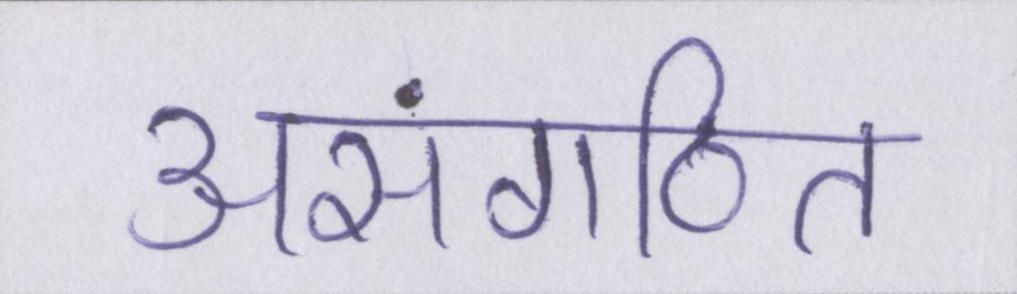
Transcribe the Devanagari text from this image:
असंगठित